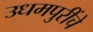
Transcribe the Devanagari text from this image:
उधमपुरींचे